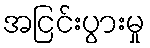
အငြင်းပွားမှု